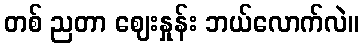
တစ် ညတာ ဈေးနှုန်း ဘယ်လောက်လဲ။